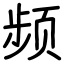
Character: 频